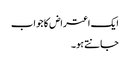
ایک اعتراض کا جواب
جانتے ہو۔